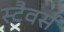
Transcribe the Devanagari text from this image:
स्टैवर्स